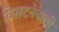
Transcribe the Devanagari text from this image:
घिसटनेवाली